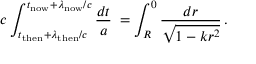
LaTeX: c \int _ { t _ { \mathrm { t h e n } } + \lambda _ { \mathrm { t h e n } } / c } ^ { t _ { \mathrm { n o w } } + \lambda _ { \mathrm { n o w } } / c } { \frac { d t } { a } } \; = \int _ { R } ^ { 0 } { \frac { d r } { \sqrt { 1 - k r ^ { 2 } } } } \, .